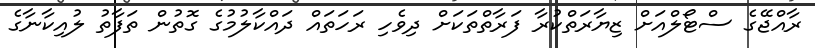
ރާއްޖޭގެ ސްޓޯލްއަށް ޒިޔާރަތްކުރާ ފަރާތްތަކަށް ދިވެހި ރަހަތައް ދައްކާލުމުގެ ގޮތުން ތަފާތު ލުއިކާނާގެ